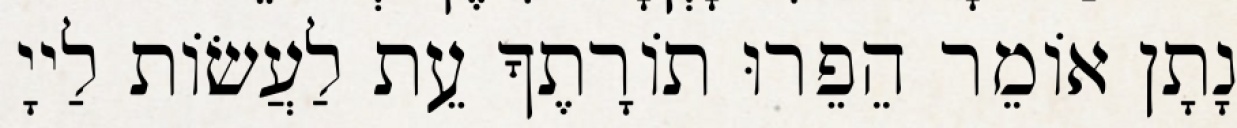
נָתָן אוֹמֵר הֵפֵרוּ תוֹרָתֶךָ עֵת לַעֲשׂוֹת לַייָ